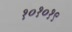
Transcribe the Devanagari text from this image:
१०१०१९